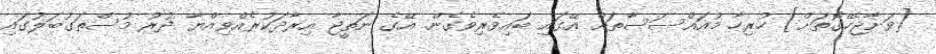
[ވަށާޖެހޭގޮތަށް] ހުރިހާ މުއައްސަސާތައް އޭގައި ބައިވެރިވެގެން. އޭގެ ނަތީޖާ އިރާދަކުރެއްވިއްޔާ ދުރު މުސްތަގުބަލުގައި